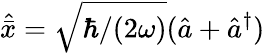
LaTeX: \hat{\bar{x}}=\sqrt{\hbar/(2\omega)}(\hat{a}+\hat{a}^{\dagger})